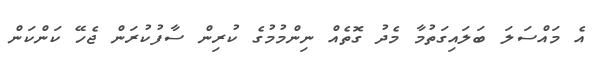
އެ މައްސަލަ ބަލައިގަތުމާ މެދު ގޮތެއް ނިންމުމުގެ ކުރިން ސާފުކުރަން ޖެހޭ ކަންކަން